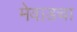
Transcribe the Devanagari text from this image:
मेवाडचा